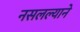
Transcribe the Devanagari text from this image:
नसलल्याने